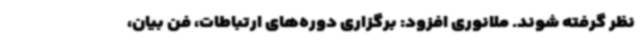
نظر گرفته شوند. ملانوری افزود: برگزاری دوره‌های ارتباطات، فن بیان،